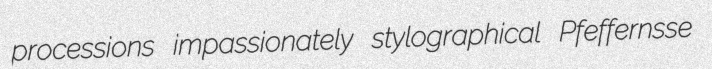
processions impassionately stylographical Pfeffernsse